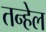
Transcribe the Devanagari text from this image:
तन्हेल